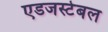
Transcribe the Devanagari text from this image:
एडजस्टेबल